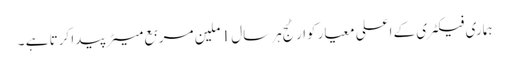
ہماری فیکٹری کے اعلی معیار کوارٹج ہر سال 1 ملین مربع میٹر پیدا کرتا ہے ۔